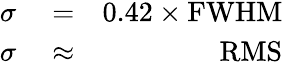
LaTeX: \begin{array}{rlr}{\sigma}&{{}=}&{0.42\times\mathrm{FWHM}}\\ {\sigma}&{{}\approx}&{\mathrm{RMS}}\end{array}